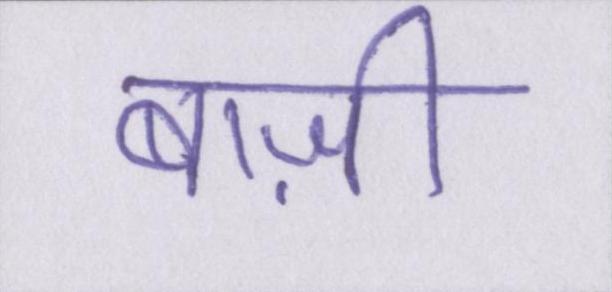
बाज़ी